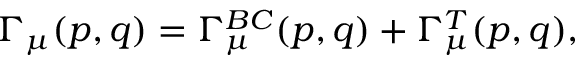
\Gamma _ { \mu } ( p , q ) = \Gamma _ { \mu } ^ { B C } ( p , q ) + \Gamma _ { \mu } ^ { T } ( p , q ) ,